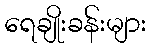
ရေချိုးခန်းများ